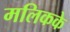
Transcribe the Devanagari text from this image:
मलिकके